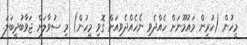
މީހުން (ކުރިން މައުމޫނަށް ހެއްދެވި ނެހެއްދެވިއަށް ގޮވި މީހުން) މި ސުވާލަށް ޖަވާބުދީބަލަ.